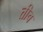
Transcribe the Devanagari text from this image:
तीच